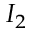
I _ { 2 }